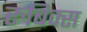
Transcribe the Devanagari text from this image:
रुबिक्स